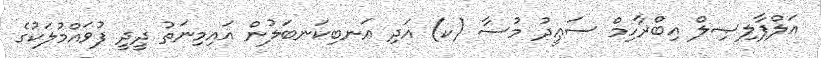
އަލްފާލިޞިލް އިބްރާހިމް ސަޢީދު މުސާ (ކ) އަދި އަނބިކަނބަލުން އައިމިނަތު ދީދީ ފުވައްމުލަކުގެ